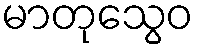
မာတုသွေဝ